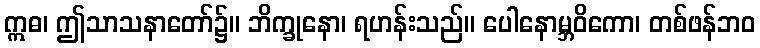
ဣဓ၊ ဤသာသနာတော်၌။ ဘိက္ခုနော၊ ရဟန်းသည်။ ပေါနောမ္ဘဝိကော၊ တစ်ဖန်ဘဝ